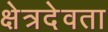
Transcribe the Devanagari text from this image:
क्षेत्रदेवता